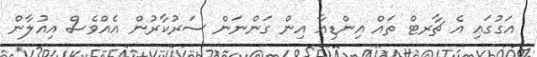
އަގުގައި އެ ޗާރޓް ތައް އިންޑިއާ އިން ގަންނަން ސަރުކާރުން އެއްވެސް އިއުލާން